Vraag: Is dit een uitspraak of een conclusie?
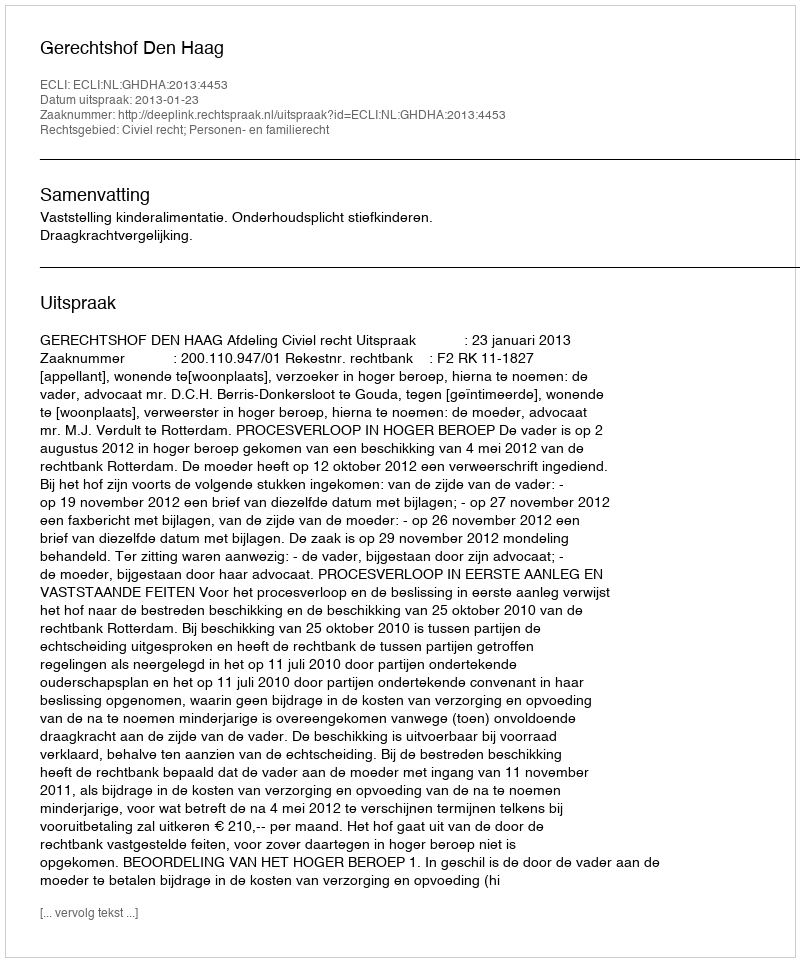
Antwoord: Uitspraak